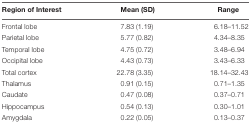
| Region of Interest | Mean (SD) | Range |
 | --- | --- | --- |
 | Frontal lobe | 7.83 (1.19) | 6.18–11.52 |
 | Parietal lobe | 5.77 (0.82) | 4.34–8.35 |
 | Temporal lobe | 4.75 (0.72) | 3.48–6.94 |
 | Occipital lobe | 4.43 (0.73) | 3.43–6.33 |
 | Total cortex | 22.78 (3.35) | 18.14–32.43 |
 | Thalamus | 0.91 (0.15) | 0.71–1.35 |
 | Caudate | 0.47 (0.08) | 0.37–0.71 |
 | Hippocampus | 0.54 (0.13) | 0.30–1.01 |
 | Amygdala | 0.22 (0.05) | 0.13–0.37 |